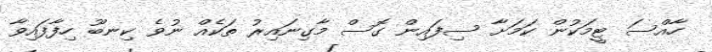
ހާއްސަ ޓީމަކުން ކަމަށާ ސިފައިން ގޮސް މާގިނައިރު ތަކެއް ނުވެ ކިނބޫ ހިފާފައިވާ